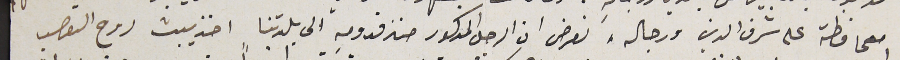
للمحافظة على شرف الدين ورجاله، نعرض ان الرجل المذكور منذ قدومه الى بلدتنا اخذ يبث روح التعصب